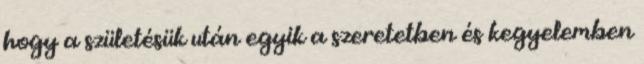
hogy a születésük után egyik a szeretetben és kegyelemben